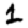
Digit: 1